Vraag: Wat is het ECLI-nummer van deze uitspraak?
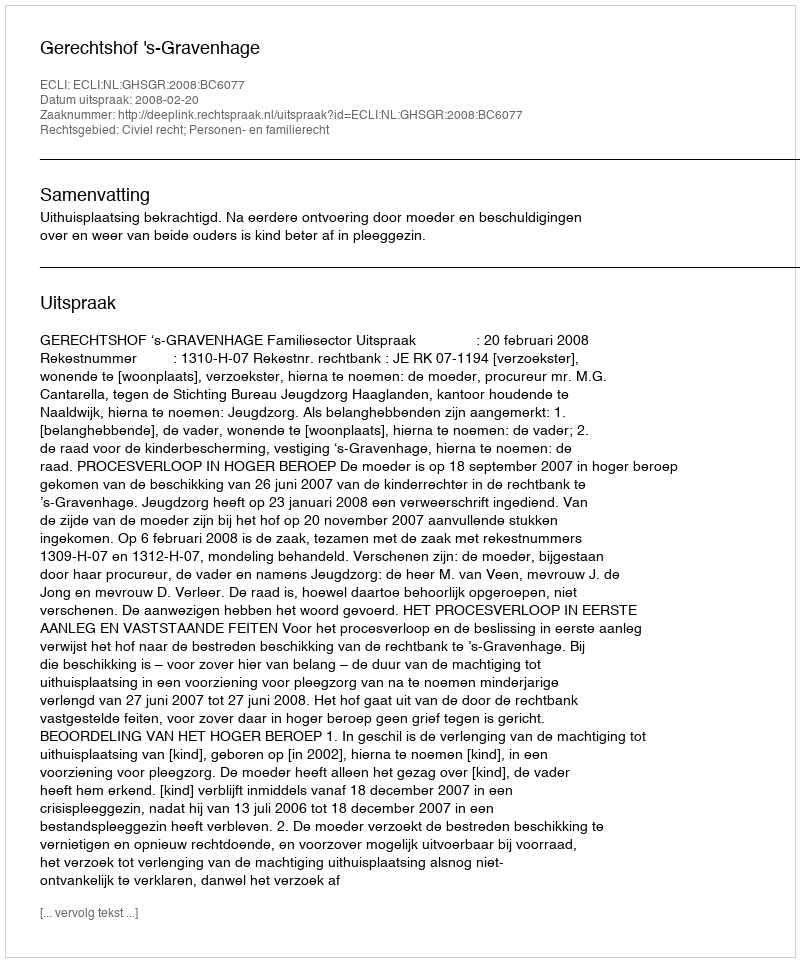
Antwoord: ECLI:NL:GHSGR:2008:BC6077